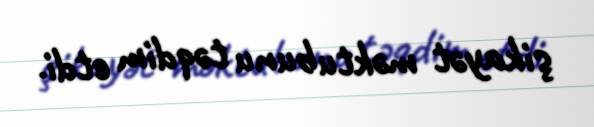
şikayət məktubunu təqdim etdi.